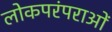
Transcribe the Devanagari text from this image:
लोकपरंपराओं